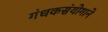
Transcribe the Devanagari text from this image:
गंधकसंयोगाने